Annual statistical returns and brief notes on vaccination in Bengal - 1887-1898
Year: 1887
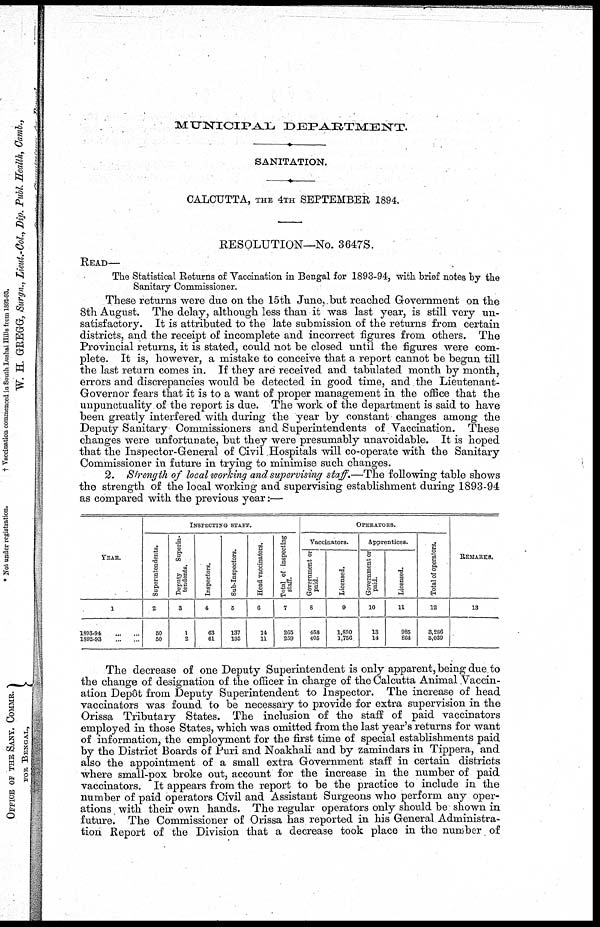
MUNICIPAL
DEPARTMENT.
SANITATION.
CALCUTTA, THE 4TH SEPTEMBER 1894.
RESOLUTION—No. 3647S.
READ—
The Statistical Returns of Vaccination in Bengal for 1893-94, with brief notes by the
Sanitary Commissioner.
These returns were due on the 15th June, but reached Government on the
8th August. The delay, although less than it was last year, is still very un-
satisfactory. It is attributed to the late submission of the returns from certain
districts, and the receipt of incomplete and incorrect figures from others. The
Provincial returns, it is stated, could not be closed until the figures were com-
plete. It is, however, a mistake to conceive that a report cannot be begun till
the last return comes in. If they are received and tabulated month by month,
errors and discrepancies would be detected in good time, and the Lieutenant-
Governor fears that it is to a want of proper management in the office that the
unpunctuality of the report is due. The work of the department is said to have
been greatly interfered with during the year by constant changes among the
Deputy Sanitary Commissioners and Superintendents of Vaccination. These
changes were unfortunate, but they were presumably unavoidable. It is hoped
that the Inspector-General of Civil Hospitals will co-operate with the Sanitary
Commissioner in future in trying to minimise such changes.
2. Strength of local working and supervising staff.—The following table shows
the strength of the local working and supervising establishment during 1893-94
as compared with the previous year:—
YEAR.
1
1893-94
...
...
1892-93
...
...
INSPECTING STAFF.
Superintendents.
2
50
50
Deputy
Superin-
tendents.
3
1
2
Inspectors.
4
63
61
Sub-Inspectors.
5
137
135
Head vaccinators.
6
14
11
Total of inspecting
staff.
7
265
259
OPERATORS.
Vaccinators.
Government or
paid.
8
458
405
Licensed.
9
1,830
1,756
Apprentices.
Government or
paid.
10
13
14
Licensed.
11
985
864
Total of operators.
12
3,286
3,039
REMARKS.
13
The decrease of one Deputy Superintendent is only apparent, being due to
the change of designation of the officer in charge of the Calcutta Animal Vaccin-
ation Depôt from Deputy Superintendent to Inspector. The increase of head
vaccinators was found to be necessary to provide for extra supervision in the
Orissa Tributary States. The inclusion of the staff of paid vaccinators
employed in those States, which was omitted from the last year's returns for want
of information, the employment for the first time of special establishments paid
by the District Boards of Puri and Noakhali and by zamindars in Tippera, and
also the appointment of a small extra Government staff in certain districts
where small-pox broke out, account for the increase in the number of paid
vaccinators. It appears from the report to be the practice to include in the
number of paid operators Civil and Assistant Surgeons who perform any oper-
ations with their own hands. The regular operators only should be shown in
future. The Commissioner of Orissa has reported in his General Administra-
tion Report of the Division that a decrease took place in the number of